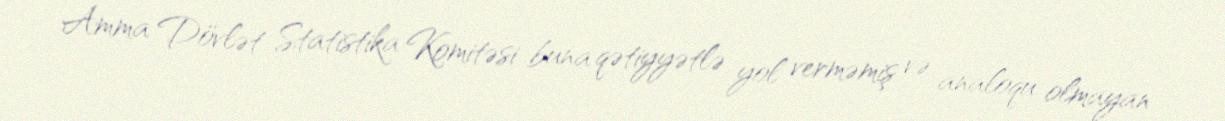
Amma Dövlət Statistika Komitəsi buna qətiyyətlə yol verməmiş və analoqu olmayan